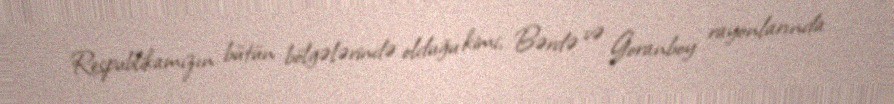
Respublikamızın bütün bölgələrində olduğu kimi, Bərdə və Goranboy rayonlarında